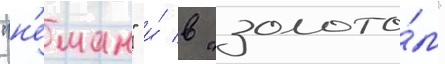
"н'еман" и́ в "золото́м"